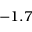
- 1 . 7